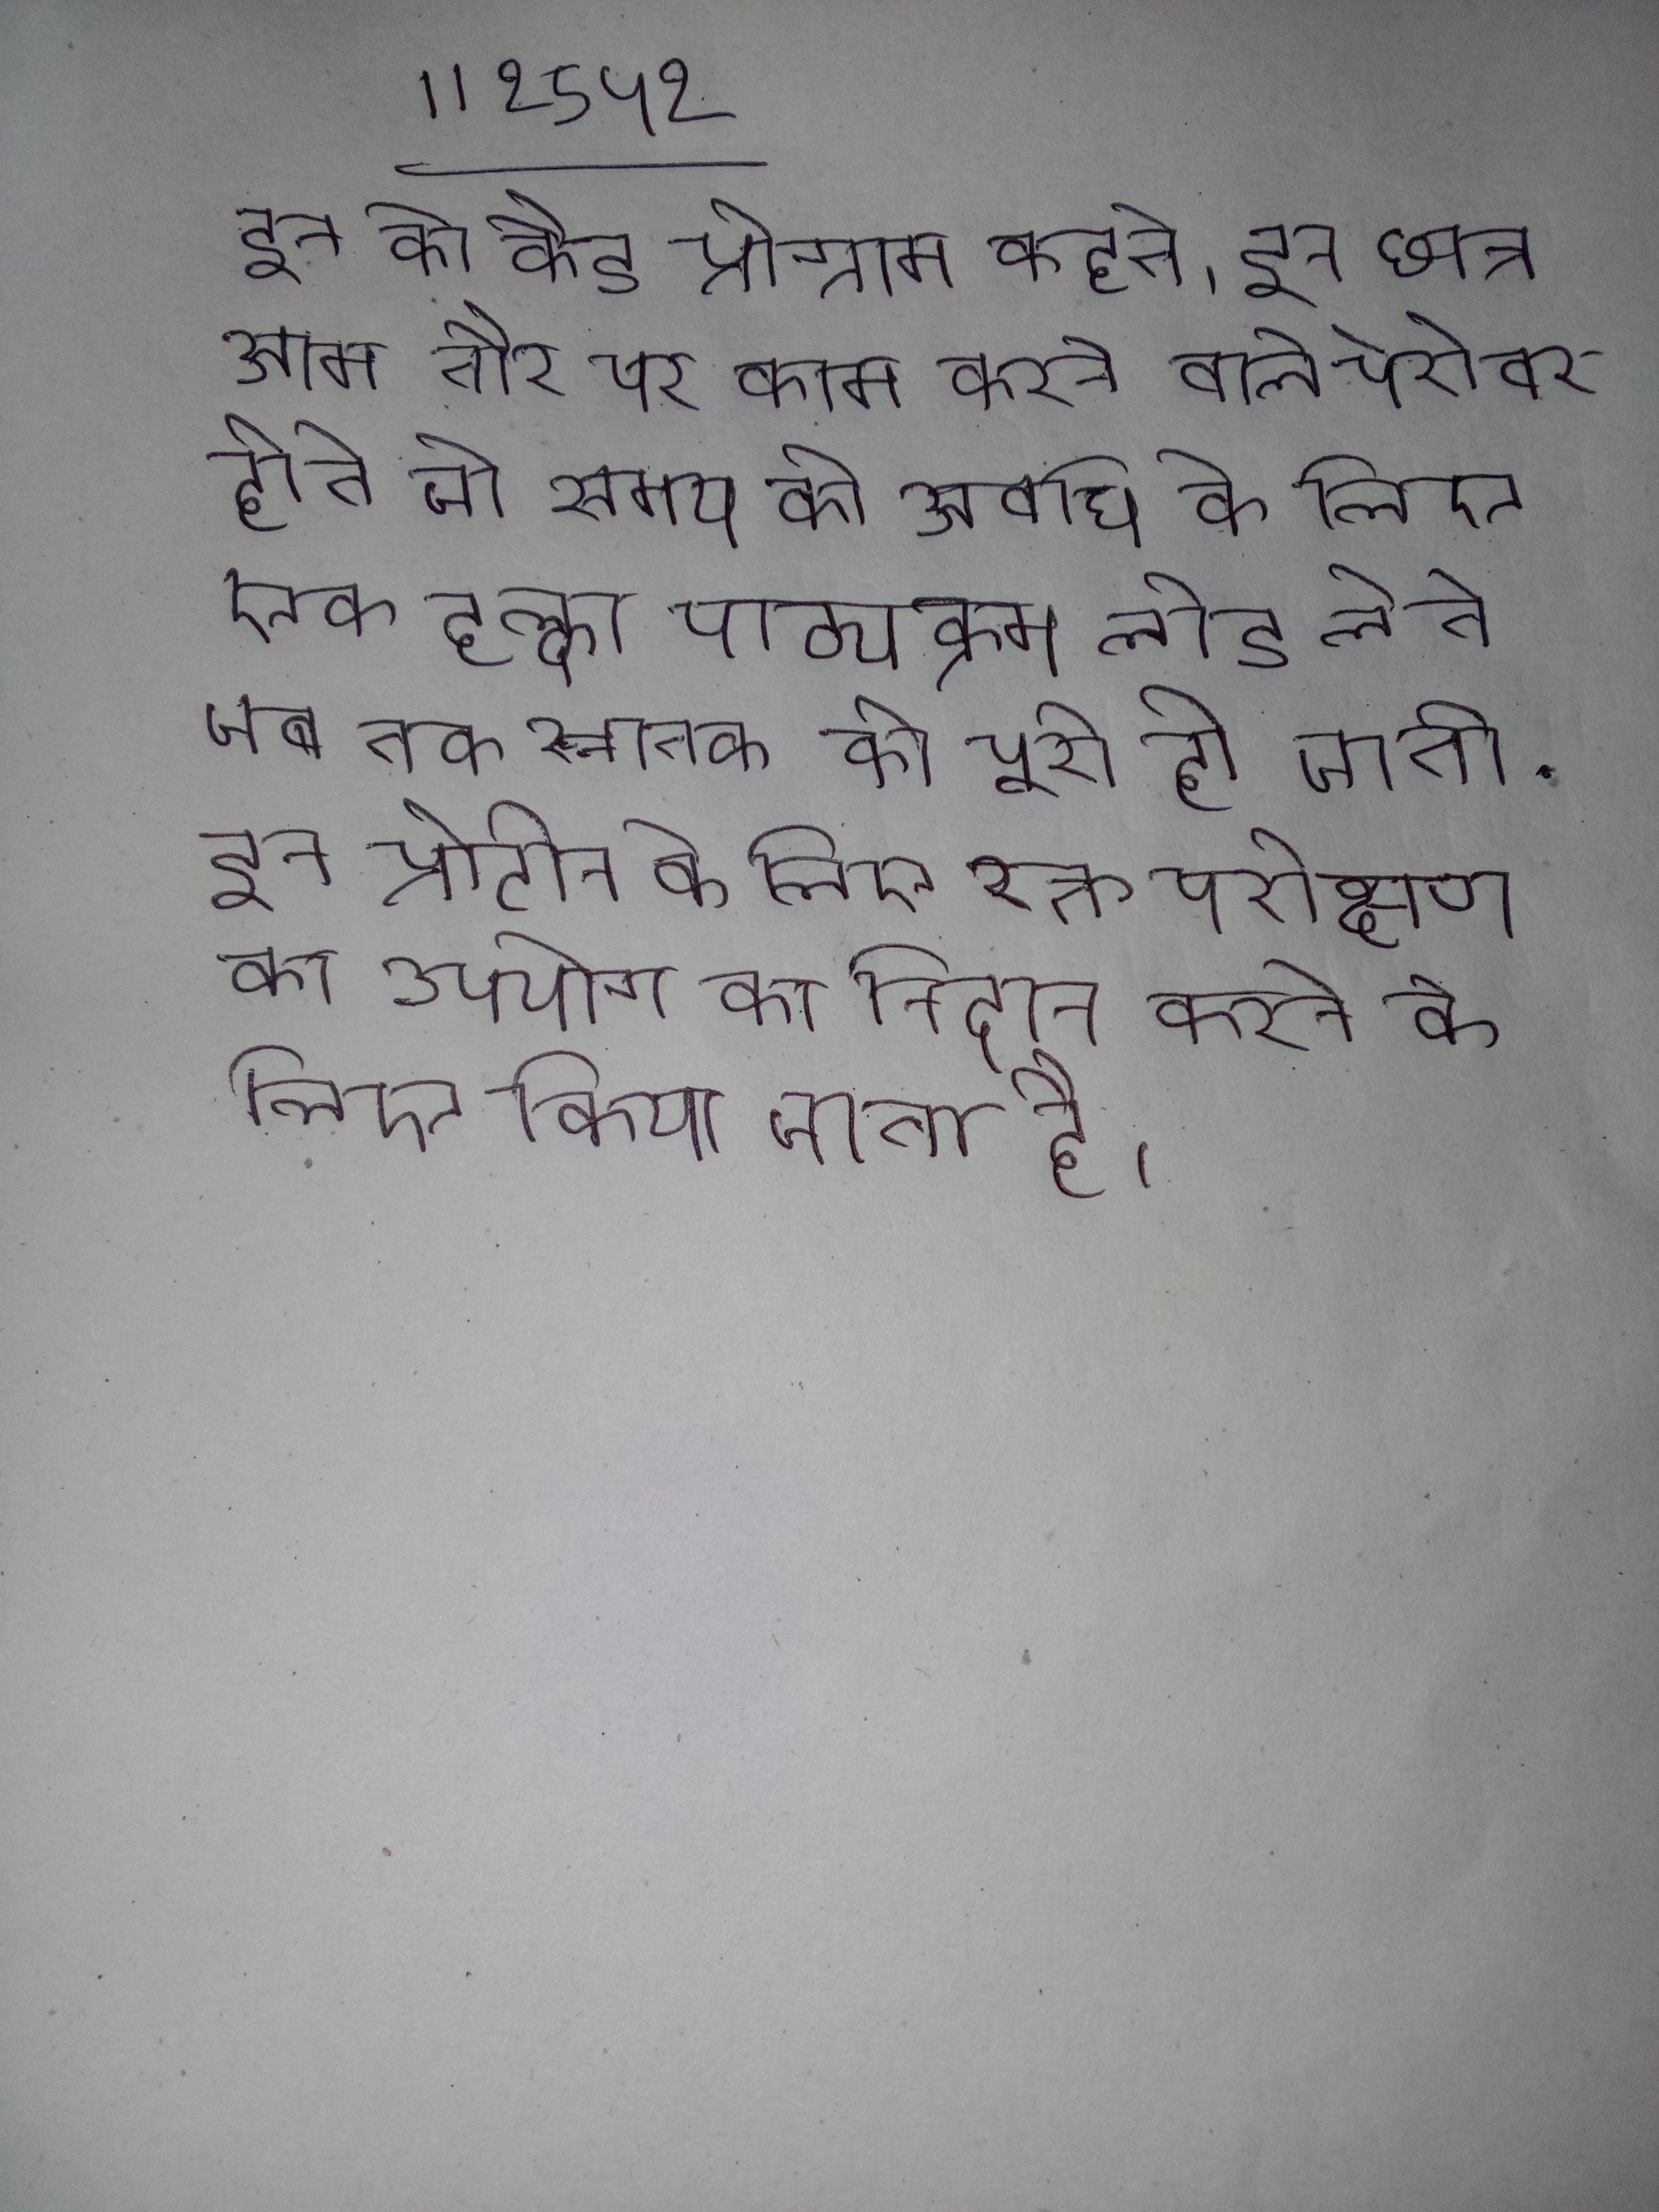
इन को कैड प्रोग्राम कहते । इन छात्र आम तौर पर काम करने वाले पेशेवर होते जो समय की अवधि के लिए एक हल्का पाठ्यक्रम लोड लेते जब तक स्नातक की पूरी हो जाती . इन प्रोटीन के लिए रक्त परीक्षण का उपयोग का निदान करने के लिए किया जाता है ।